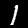
Digit: 1